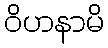
ဝိဟနာမိ